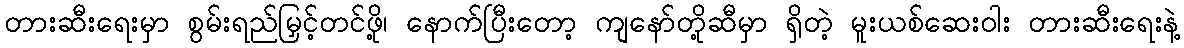
တားဆီးရေးမှာ စွမ်းရည်မြှင့်တင်ဖို့၊ နောက်ပြီးတော့ ကျနော်တို့ဆီမှာ ရှိတဲ့ မူးယစ်ဆေးဝါး တားဆီးရေးနဲ့